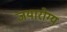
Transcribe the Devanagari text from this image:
जयारोग्य